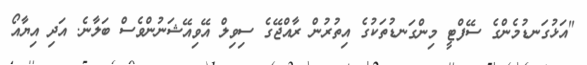
"އަޅުގަނޑުމެންގެ ސޭފްޓީ މިންގަނޑުތަކުގެ އިތުރުން ރާއްޖޭގެ ސިވިލް އޭވިއޭޝަނުންވެސް ބަލާނެ. އަދި އިޔާއޯ